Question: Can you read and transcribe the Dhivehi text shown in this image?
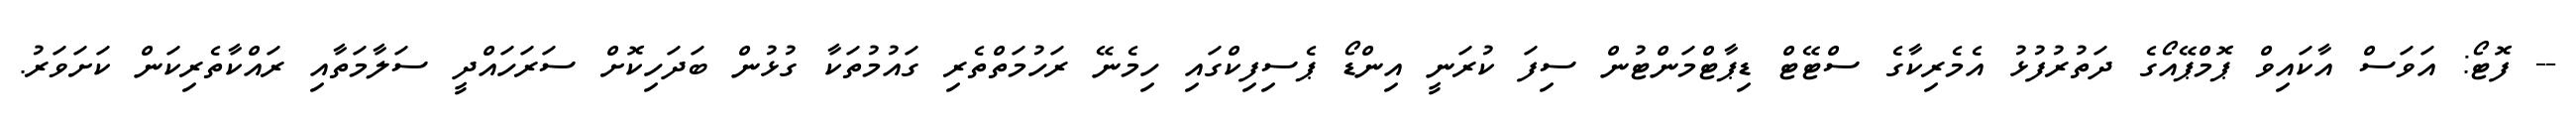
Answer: -- ފޮޓޯ: އަވަސް އާކައިވް ޕޮމްޕޭއޯގެ ދަތުރުފުޅު އެމެރިކާގެ ސްޓޭޓް ޑިޕާޓްމަންޓުން ސިފަ ކުރަނީ އިންޑޯ ޕެސިފިކްގައި ހިމެނޭ ރަހުމަތްތެރި ގައުމުތަކާ ގުޅުން ބަދަހިކޮށް ސަރަހައްދީ ސަލާމަތާއި ރައްކާތެރިކަން ކަށަވަރު.